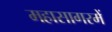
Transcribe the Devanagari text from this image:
महासागरमें